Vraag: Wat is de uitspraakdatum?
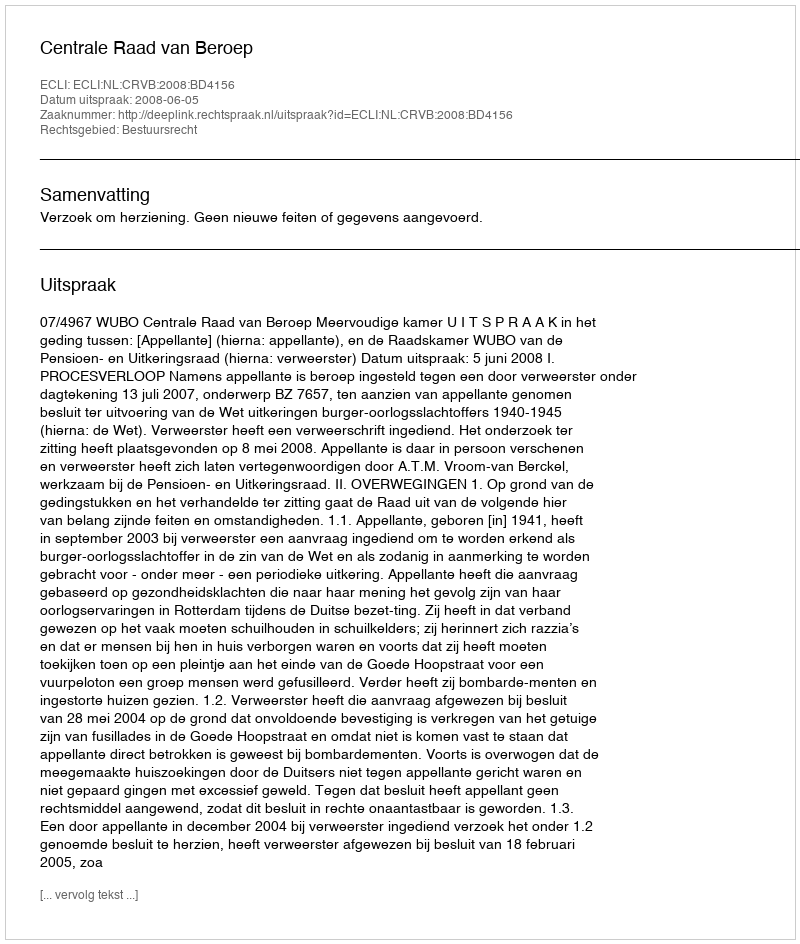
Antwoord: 2008-06-05